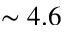
\sim 4 . 6